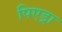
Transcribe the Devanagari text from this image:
पिएड्रा